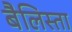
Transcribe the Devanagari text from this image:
बैलिस्ता